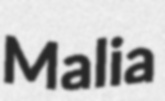
Malia